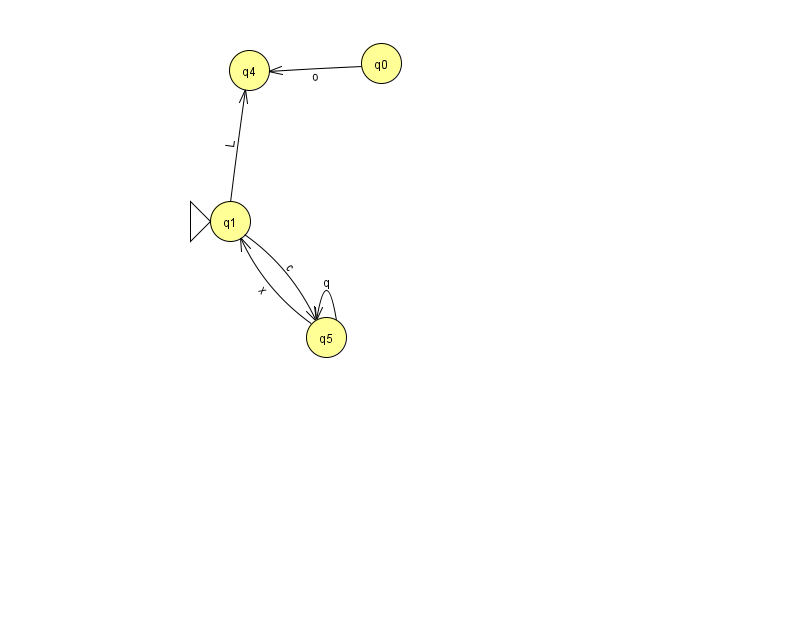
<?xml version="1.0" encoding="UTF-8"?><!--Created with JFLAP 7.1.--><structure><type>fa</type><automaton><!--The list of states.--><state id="0" name="q0"><x>381.0</x><y>50.0</y></state><state id="1" name="q1"><x>230.0</x><y>208.0</y><initial/></state><state id="4" name="q4"><x>249.0</x><y>57.0</y></state><state id="5" name="q5"><x>326.0</x><y>324.0</y></state><!--The list of transitions.--><transition><from>0</from><to>4</to><read>o</read></transition><transition><from>5</from><to>5</to><read>q</read></transition><transition><from>1</from><to>4</to><read>L</read></transition><transition><from>5</from><to>1</to><read>x</read></transition><transition><from>1</from><to>5</to><read>c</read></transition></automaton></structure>